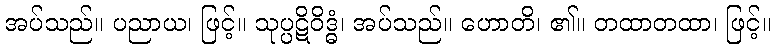
အပ်သည်။ ပညာယ၊ ဖြင့်။ သုပ္ပဋိဝိဒ္ဓံ၊ အပ်သည်။ ဟောတိ၊ ၏။ တထာတထာ၊ ဖြင့်။